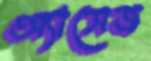
অ্যাসেজ